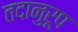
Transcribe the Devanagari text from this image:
तदानुरूप